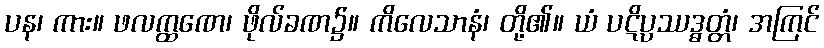
ပန၊ ကား။ ဖလက္ထဏေ၊ ဖိုလ်ခဏ၌။ ကိလေသာနံ၊ တို့၏။ ယံ ပဋိပ္ပဿဒ္ဓတ္တံ၊ အကြင်